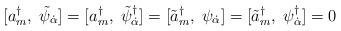
LaTeX: \begin{align*}[a^{\dagger}_{m},\;\tilde{\psi}_{\dot \alpha}] = [a^{\dagger}_{m},\;\tilde{\psi}^{\dagger}_{\dot \alpha}] = [\tilde{a}^{\dagger}_{m},\;\psi_{\dot \alpha}] = [\tilde{a}^{\dagger}_{m},\;\psi^{\dagger}_{\dot \alpha}] = 0 \end{align*}